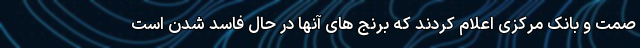
صمت و بانک مرکزی اعلام کردند که برنج های آنها در حال فاسد شدن است